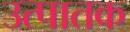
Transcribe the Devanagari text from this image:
उत्पातक